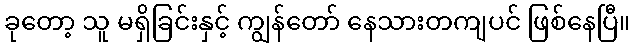
ခုတော့ သူ မရှိခြင်းနှင့် ကျွန်တော် နေသားတကျပင် ဖြစ်နေပြီ။